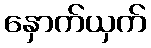
နှောက်ယှက်